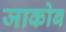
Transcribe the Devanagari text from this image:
जाकोब